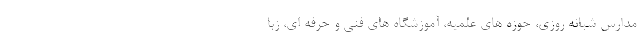
مدارس شبانه روزی، حوزه های علمیه، آموزشگاه های فنی و حرفه ای، زبا